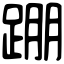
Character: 𨂃